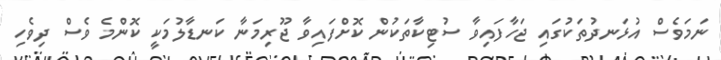
ނަމަވެސް އުޅަނދުތަކުގައި ޖަހާފައިވާ ސުޓިކާތަކުން ކޮށްފައިވާ ޖޫރިމަނާ ކަނޑާލުމަކީ ކޮންމެ ވެސް ދިވެހި